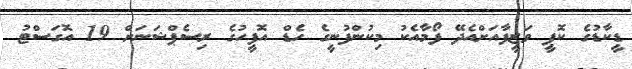
ޑީކާޑުގެ ކޮޕީ ވަޒީފާއަށްއެދޭ ފޯމާއެކު މިކުންފުނީގެ ހެޑް އޮފީހުގެ ރިސެޕްޝަނަށް 19 އޮގަސްޓު